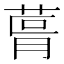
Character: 𮏨